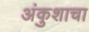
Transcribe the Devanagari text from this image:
अंकुशाचा